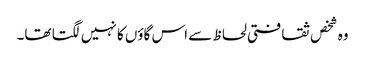
وہ شخص ثقافتی لحاظ سے اس گاؤں کا نہیں لگتا تھا۔